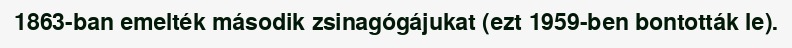
1863-ban emelték második zsinagógájukat (ezt 1959-ben bontották le).